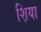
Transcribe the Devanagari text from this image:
श़िया